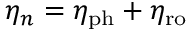
\eta _ { n } = \eta _ { \mathrm { p h } } + \eta _ { \mathrm { r o } }